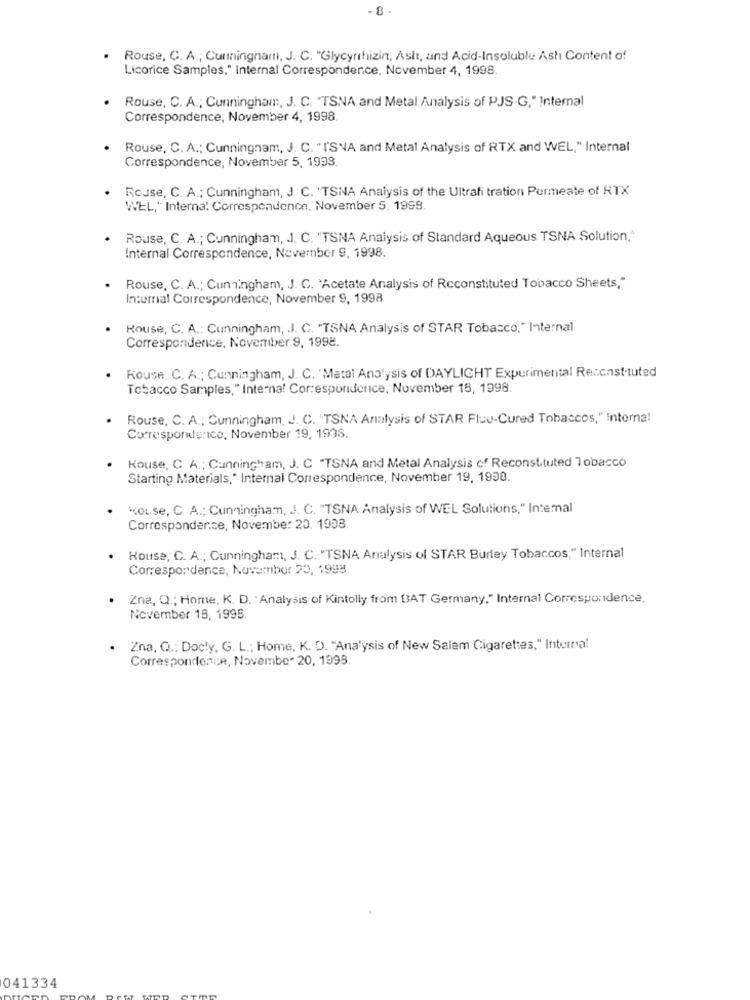
- 8.
Rouse, C. A .; Cumminghamn, J. C. "Glycyrrhizin, Ash, and Acid-Insoluble Ashi Content of
Licorice Samples," Internal Correspondence, November 4, 1998.
Rouse, C. A .; Cunningham :, J. C. "TSNA and Metal Analysis of PJS G," Internal
Correspondence, November 4, 1998.
Rouse, C. A .; Cunningnam, J. C. "I'SNA and Metal Analysis of RTX and WEL," Internal
Correspondence, November 5, 1993.
Rouse, C. A .; Cunningham, J C. 'TSNA Analysis of the Ultrafi tration Permeate of RTX
WEL," Interna: Correspondence. November 5. 1998.
Rouse, C. A .; Cunningham, J. C. "TSNA Analysis of Standard Aqueous TSNA Solution,4
Internal Correspondence, November 9, 1998.
Rouse, C. A .; Cunningham, J. C. "Acetate Analysis of Reconstituted Tobacco Sheets,"
In:emal Correspondence, November 9, 1998
Rouse, C. A .: Cunningham, J. C. "TSNA Analysis of STAR Tobacco," Internal
Correspondence, November 9, 1998.
Rouse, C. A .; Cunningham, J. C. 'Matal Analysis of DAYLICHT Experimental Reconstituted
Tobacco Samples," Interna! Corresponidenice, November 18, 1998.
Rouse, C. A .; Cunningham, J. C. "TSNA Analysis of STAR Fluu-Cured Tobaccos," Interna!
Correspondence. November 19, 1998.
Kouse, C A .; Cunningham, J. C "TSNA and Metal Analysis of Reconstituted Tobacco
Starting Materials," Internal Correspondence, November 19, 1998.
kou.se, C A .; Cunningham, J. C. "TSNA Analysis of WEL Solutions," Intemal
Correspondence, November 20. 1908.
House, C. A .; Cunningham, J. C. "TSNA Analysis of STAR Burley Tobaccos," Internal
Correspondence, November 20, 1998.
Zna, Q .; Home, K. D. Analysis of Kintolly from BAT Germany," Internal Correspondence,
November 15, 1998.
Zna, Q .: Docty, G. L .; Home, K. D. "Analysis of New Salem Cigarettes," Internal
Correspondence, November 20, 1998.
041334